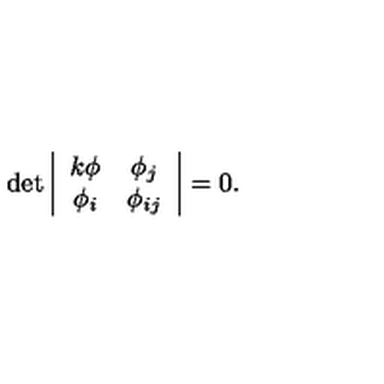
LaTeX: \det \left| \begin{array} { c c } { k \phi } & { \phi _ { j } } \\ { \phi _ { i } } & { \phi _ { i j } } \\ \end{array} \right| = 0 .